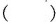
()